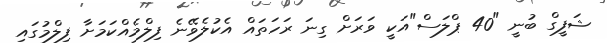
ޝަފީގް ބުނީ "40 ޕްލަސް"އަކީ ވަރަށް ގިނަ ރަހަތައް އެކުލެވޭނެ ފިލްމެއްކަމަށާ ފިލްމުގައި